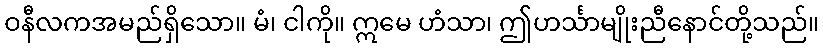
ဝနီလကအမည်ရှိသော။ မံ၊ ငါကို။ ဣမေ ဟံသာ၊ ဤဟင်္သာမျိုးညီနောင်တို့သည်။